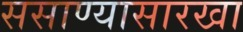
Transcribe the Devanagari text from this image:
ससाण्यासारखा